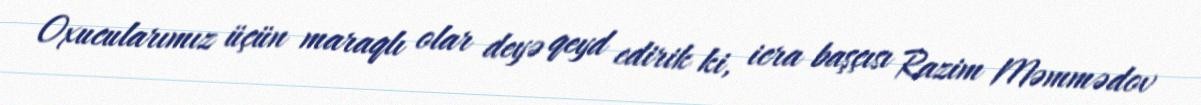
Oxucularımız üçün maraqlı olar deyə qeyd edirik ki, icra başçısı Razim Məmmədov